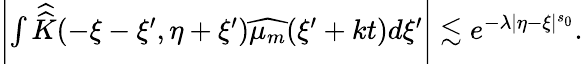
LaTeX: \begin{array}{r}{\left|\int\widehat{\widehat{K}}(-\xi-\xi^{\prime},\eta+\xi^{\prime})\widehat{\mu_{m}}(\xi^{\prime}+kt)d\xi^{\prime}\right|\lesssim e^{-\lambda|\eta-\xi|^{s_{0}}}.}\end{array}